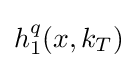
h_{1}^{q}(x,k_{T})